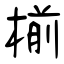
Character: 椾